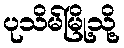
ပုသိမ်မြို့သို့